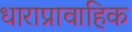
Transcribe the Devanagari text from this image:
धाराप्रावाहिक